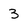
Character: 3